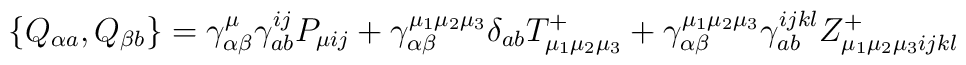
\left\{ Q_{\alpha a},Q_{\beta b}\right\} =\gamma _{\alpha \beta }^\mu \gamma_{ab}^{ij}P_{\mu ij}+\gamma _{\alpha \beta }^{\mu _1\mu _2\mu _3}\delta_{ab}T_{\mu _1\mu _2\mu _3}^{+}+\gamma _{\alpha \beta }^{\mu _1\mu _2\mu_3}\gamma _{ab}^{ijkl}Z_{\mu _1\mu _2\mu _3ijkl}^{+}